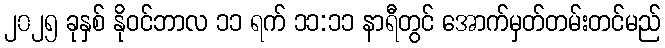
၂၀၂၅ ခုနှစ် နိုဝင်ဘာလ ၁၁ ရက် ၁၁:၁၁ နာရီတွင် အောက်မှတ်တမ်းတင်မည်